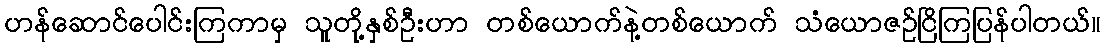
ဟန်ဆောင်ပေါင်းကြကာမှ သူတို့နှစ်ဦးဟာ တစ်ယောက်နဲ့တစ်ယောက် သံယောဇဉ်ငြိကြပြန်ပါတယ်။